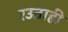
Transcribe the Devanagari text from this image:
रउताही